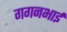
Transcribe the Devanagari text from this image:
गगनभाई